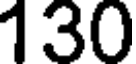
130